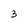
Character: 3